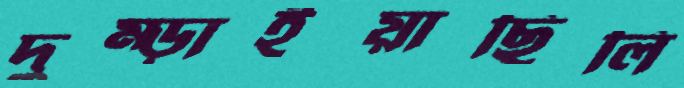
দুম্‌ড়াইয়াছিলি